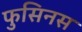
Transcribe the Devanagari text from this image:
फुसिनस